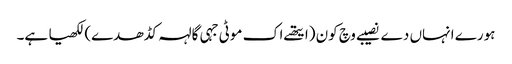
ہورے انہاں دے نصیبے وچ کون (ایتھے اک موٹی جہی گالہہ کڈھدے) لکھیا ہے۔